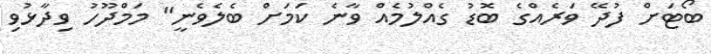
ބޯޓަށް ފުދޭ ވަރެއްގެ ބޮޑު ގެއްލުމެއް ވާނެ ކަމަށް ބެލެވެނީ" މަމްދޫހު ވިދާޅުވި